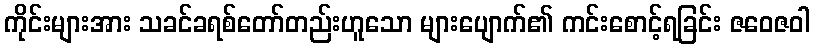
ကိုင်းများအား သခင်ခရစ်တော်တည်းဟူသော များပျောက်၏ ကင်းစောင့်ရခြင်း ဇဝေဇဝါ